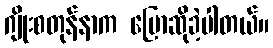
ဂျိုးစတုန်နာက ပြောဆိုခဲ့ပါတယ်။